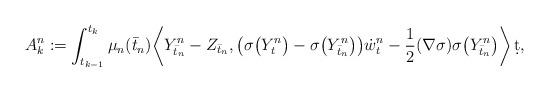
LaTeX: \begin{align*} A_k^n:=\int_{t_{k-1}}^{t_k}\mu_n(\bar {t}_n){\biggl\langle}Y^n_{\bar{t}_n}-Z_{\bar{t}_n},\bigl(\sigma\bigl(Y^n_t\bigr)-\sigma\bigl(Y^n_{\bar{t}_n}\bigr)\bigr)\dot {w}^n_t-\frac{1}{2}(\nabla\sigma)\sigma\bigl(Y^n_{\bar{t}_n}\bigr){\biggr\rangle }\,\d t,\end{align*}